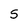
Character: S